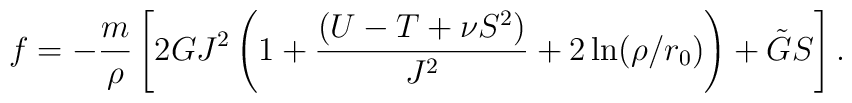
f = -\frac{m}{\rho} \left[ 2GJ^2\left(1 + \frac{(U-T + \nu S^2 )}{J^2} + 2\ln(\rho/r_0) \right) + \tilde G S\right].